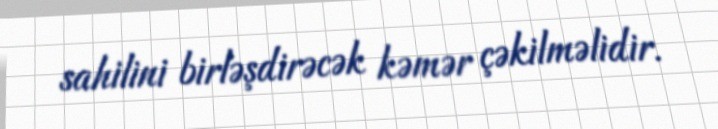
sahilini birləşdirəcək kəmər çəkilməlidir.